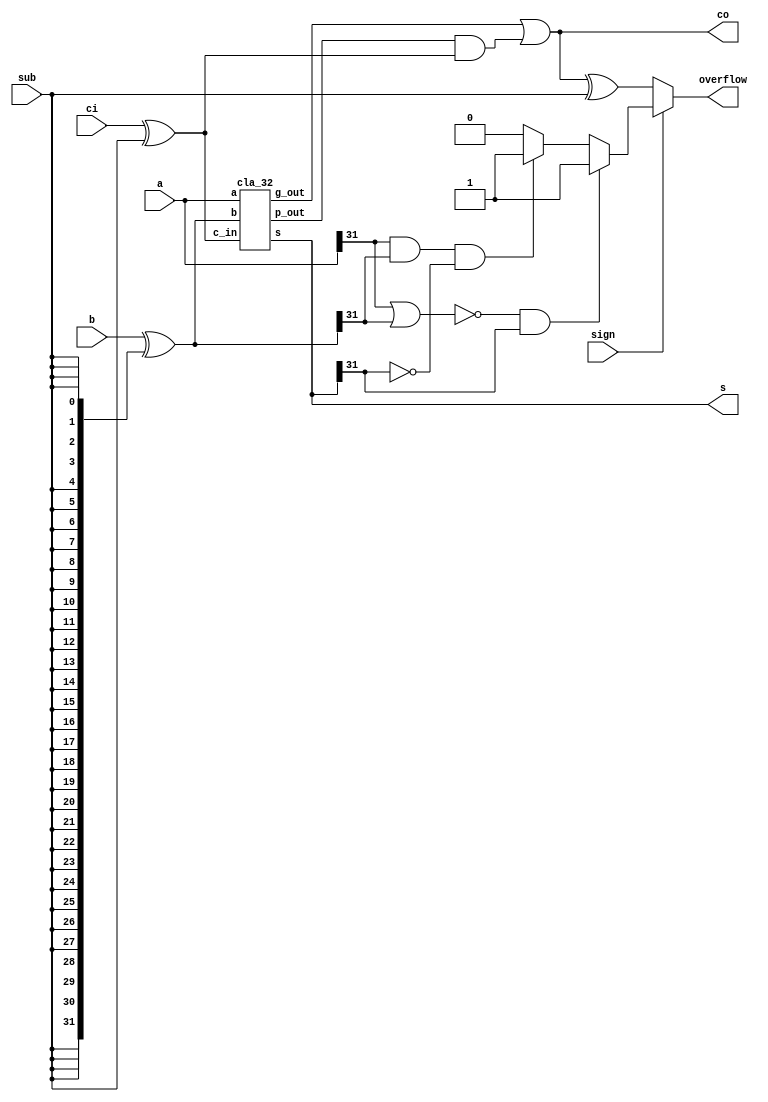
`timescale 1ns / 1ps
//////////////////////////////////////////////////////////////////////////////////
// Company: 
// Engineer: 
// 
// Design Name: 
// Module Name: top_2
// Project Name: 
// Target Devices: 
// Tool Versions: 
// Description: 
// 
// Dependencies: 
// 
// Revision:
// Revision 0.01 - File Created
// Additional Comments:
// 111111 test git
//////////////////////////////////////////////////////////////////////////////////
module top_2(
    input   [31:0]   a,
    input   [31:0]   b,
    input            ci,
    input            sub,
    input            sign,

    output  [31:0]   s,
    output           co,
    output           overflow
);

wire            cib = ci ^ sub;
wire    [31:0]  bb  = b ^ {32{sub}};
wire            g_out,p_out;
reg             sign_over;

cla_32 cla (a,bb,cib, g_out,p_out,s);
assign  co  =  g_out | p_out & cib;
assign  overflow = sign ? (sign_over) : (co ^ sub);

always @(*) begin
    if(sign == 1) begin
       if (!(a[31]|bb[31])&(s[31]==1)) sign_over = 1;
       else if ( (a[31]&bb[31]) & (s[31] == 0)) sign_over = 1;
       else sign_over = 0;
    end
    else    sign_over = 0;
end
endmodule


module gp(
    input   [1:0]   g,
    input   [1:0]   p,
    input           c_in,
    output          g_out,
    output          p_out,
    output          c_out
);

assign g_out = g[1] | p[1] & g[0];
assign p_out = p[1] & p[0];
assign c_out = g[0] | p[0] & c_in;

endmodule

module add(
    input a,
    input b,
    input c,
    output g,
    output p,
    output s
);

assign s = a ^ b ^ c;
assign g = a & b;
assign p = a | b;

endmodule

module cla_2(
    input   [1:0]   a,
    input   [1:0]   b,
    input           c_in,

    output          g_out,
    output          p_out,
    output  [1:0]   s
);

wire    [1:0]   g,p;
wire            c_out;

add add0 (a[0],b[0],c_in,   g[0],p[0],s[0]);
add add1 (a[1],b[1],c_out,  g[1],p[1],s[1]);
gp gp0 (g,p,c_in, g_out,p_out,c_out);

endmodule


module cla_4(
    input   [3:0]   a,
    input   [3:0]   b,
    input           c_in,

    output          g_out,
    output          p_out,
    output  [3:0]   s
);

wire    [1:0]   g,p;
wire            c_out;

cla_2 cla0 (a[1:0],b[1:0],c_in,     g[0],p[0],s[1:0]);
cla_2 cla1 (a[3:2],b[3:2],c_out,    g[1],p[1],s[3:2]);
gp   gp0 (g,p,c_in , g_out,p_out,c_out);

endmodule

module cla_8(
    input   [7:0]   a,
    input   [7:0]   b,
    input           c_in,

    output          g_out,
    output          p_out,
    output  [7:0]   s
);

wire    [1:0]   g,p;
wire            c_out;

cla_4 cal0 (a[3:0],b[3:0],c_in,     g[0],p[0],s[3:0]);
cla_4 cal1 (a[7:4],b[7:4],c_out,    g[1],p[1],s[7:4]);
gp   gp0 (g,p,c_in , g_out,p_out,c_out);

endmodule


module cla_16(
    input   [15:0]   a,
    input   [15:0]   b,
    input           c_in,

    output          g_out,
    output          p_out,
    output  [15:0]   s
);

wire    [1:0]   g,p;
wire            c_out;

cla_8 cal0 (a[7:0],b[7:0],c_in,     g[0],p[0],s[7:0]);
cla_8 cal1 (a[15:8],b[15:8],c_out,  g[1],p[1],s[15:8]);
gp   gp0 (g,p,c_in , g_out,p_out,c_out);

endmodule

module cla_32(
    input   [31:0]   a,
    input   [31:0]   b,
    input           c_in,

    output          g_out,
    output          p_out,
    output  [31:0]   s
);

wire    [1:0]   g,p;
wire            c_out;

cla_16 cal0 (a[15:0],b[15:0],c_in,     g[0],p[0],s[15:0]);
cla_16 cal1 (a[31:16],b[31:16],c_out,  g[1],p[1],s[31:16]);
gp   gp0 (g,p,c_in , g_out,p_out,c_out);

endmodule